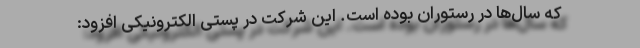
که سال‌ها در رستوران بوده است. این شرکت در پستی الکترونیکی افزود: